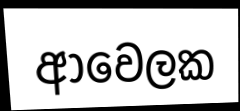
ආවෙලක